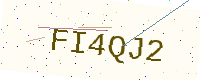
Text: FI4QJ2